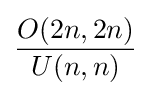
{\frac {O(2n,2n)}{U(n,n)}}